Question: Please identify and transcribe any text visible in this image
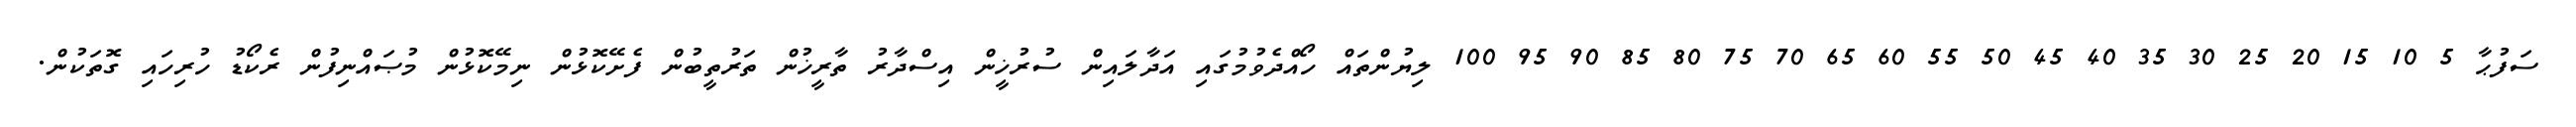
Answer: ސަފުޙާ 5 10 15 20 25 30 35 40 45 50 55 60 65 70 75 80 85 90 95 100 ލިޔުންތައް ހޯއްދެވުމުގައި އަދާލައިން ސުރުޚީން އިސްދާރު ތާރީޚުން ތަރުތީބުން ފެށޭކޮޅުން ނިމޭކޮޅުން މުޞައްނިފުން ރެކޯޑު ހުރިހައި ގޮތަކުން.